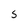
Character: 5